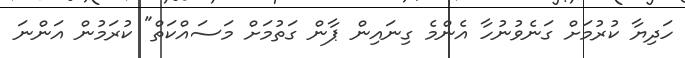
ހަދިޔާ ކުރުމަށް ގަނެވުނުހާ އެންމެ ގިނައިން ޕާން ގަތުމަށް މަސައްކަތް" ކުރަމުން އަންނަ